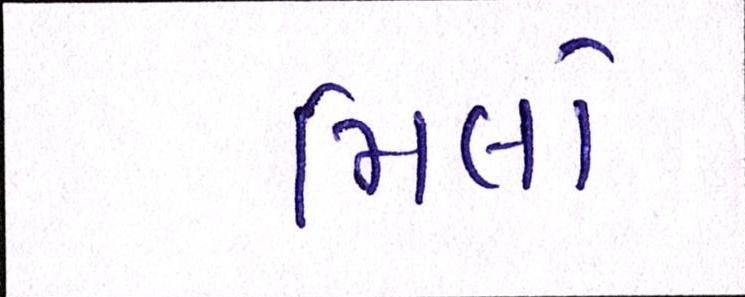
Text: મિલો